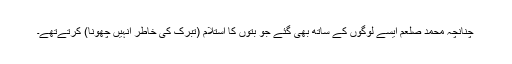
چنانچہ محمد صلعم ایسے لوگوں کے ساتھ بھی گئے جو بتوں کا استلام (تبرک کی خاطر انہیں چھونا) کرتےتھے۔